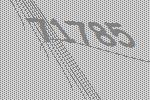
71785